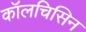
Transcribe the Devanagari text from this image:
कॉलचिसिन